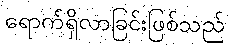
ရောက်ရှိလာခြင်းဖြစ်သည်